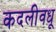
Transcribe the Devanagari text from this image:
कदलीवधू